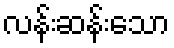
လန်းဆန်းသော